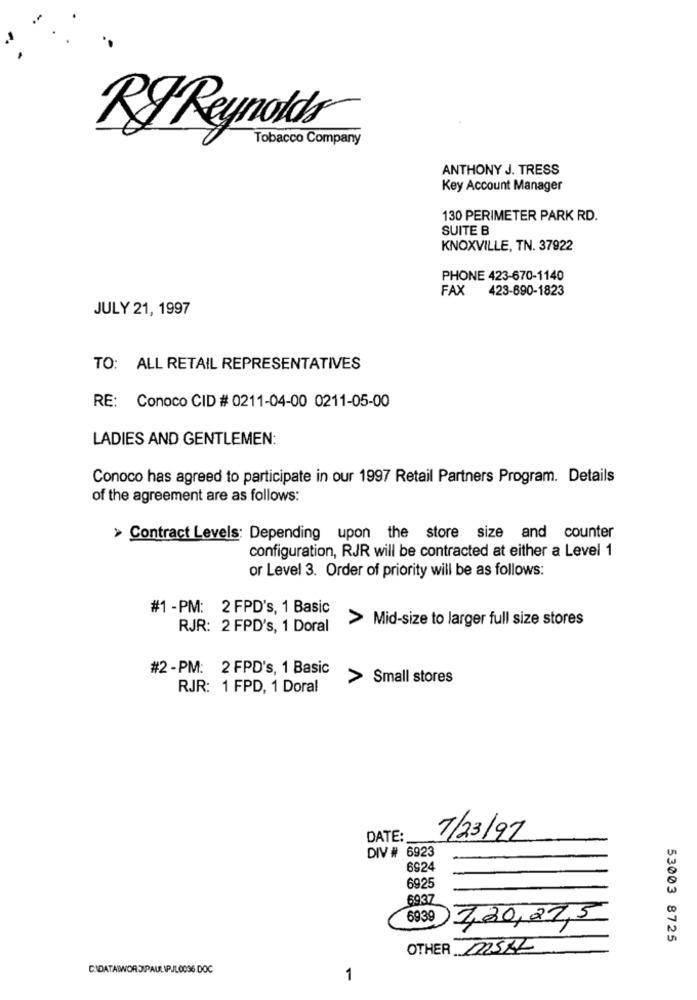
RJ Reynolds
Tobacco Company
ANTHONY J. TRESS
Key Account Manager
130 PERIMETER PARK RD.
SUITE B
KNOXVILLE, TN. 37922
PHONE 423-670-1140
FAX
423-890-1823
JULY 21, 1997
TO: ALL RETAIL REPRESENTATIVES
RE: Conoco CID # 0211-04-00 0211-05-00
LADIES AND GENTLEMEN:
Conoco has agreed to participate in our 1997 Retail Partners Program. Details
of the agreement are as follows:
> Contract Levels: Depending upon the store size and counter
configuration, RJR will be contracted at either a Level 1
or Level 3. Order of priority will be as follows:
#1-PM: 2 FPD's, 1 Basic
> Mid-size to larger full size stores
RJR: 2 FPD's, 1 Doral
#2-PM: 2 FPD's, 1 Basic
>
Small stores
RJR: 1 FPD, 1 Doral
DATE:
7/23/97
DIV # 6923
6924
6925
6937
6939
7,20,27,5
53003 8725
OTHER MSAL
CADATAIWORDIPAULIPJL0036.DOC
1